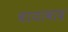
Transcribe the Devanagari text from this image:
चायावाद